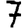
Digit: 7